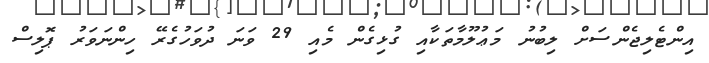
އިންޓެލިޖެންސަށް ލިބުނު މަޢުލޫމާތަކާއި ގުޅިގެން މެއި 29 ވަނަ ދުވަހުގެރޭ ހިންނަވަރު ޕޮލިސް